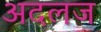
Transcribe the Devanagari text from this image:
अदलज